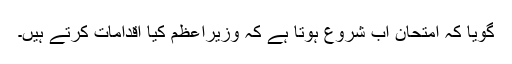
گویا کہ امتحان اب شروع ہوتا ہے کہ وزیراعظم کیا اقدامات کرتے ہیں۔